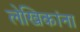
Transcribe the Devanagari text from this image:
लेखिकांना